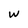
Character: w